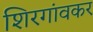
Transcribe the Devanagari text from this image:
शिरगांवकर